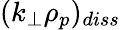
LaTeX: (k_{\perp}\rho_{p})_{diss}